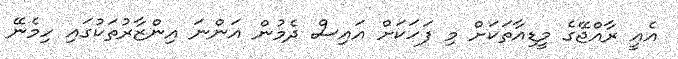
އެއީ ރާއްޖޭގެ މީޑިއާތަކަށް މި ފަހަކަށް އައިސް ދެމުން އަންނަ އިންޒާރުތަކުގައި ހިމެނޭ